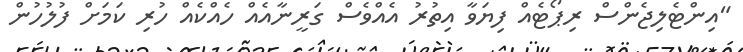
"އިންޓެލިޖެންސް ރިޕޯޓެއް ފިޔަވާ އިތުރު އެއްވެސް ގަރީނާއެއް ހެއްކެއް ހުރި ކަމަށް ފުލުހުން